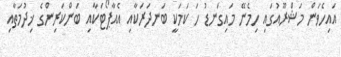
އައިހެވަން މަޝްރޫއުގައި ހިމެނޭ މައިގަނޑު ހަ ކަމަކީ ބަނދަރަކާއި އެއާޕޯޓަކާއި ބަންކަރިންގެ ޚިދުމަތާއި